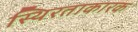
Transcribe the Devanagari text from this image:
स्थिरताकारक